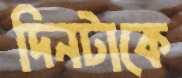
দিনটাকে